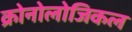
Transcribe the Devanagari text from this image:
क्रोनोलोजिकल